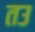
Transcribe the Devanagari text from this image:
तउ